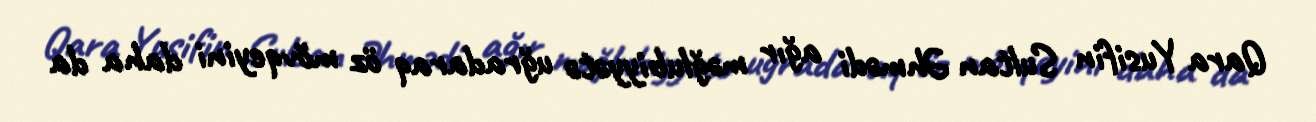
Qara Yusifin Sultan Əhmədi ağır məğlubiyyətə uğradaraq öz mövqeyini daha da